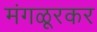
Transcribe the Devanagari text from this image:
मंगळूरकर